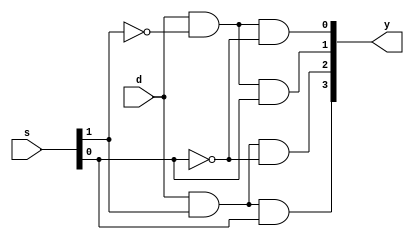
module demux4(input d,input [1:0]s,output reg [3:0]y);
always@(*)
begin
y=demux(d,s);
end
function [3:0]demux(input d,input [1:0]s);
begin
demux[0]=d&~s[1]&~s[0];
demux[1]=d&~s[1]&s[0];
demux[2]=d&s[1]&~s[0];
demux[3]=d&s[1]&s[0];
end
endfunction
endmodule